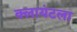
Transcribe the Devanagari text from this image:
क्लायंटला